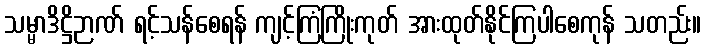
သမ္မာဒိဋ္ဌိဉာဏ် ရင့်သန်စေရန် ကျင့်ကြံကြိုးကုတ် အားထုတ်နိုင်ကြပါစေကုန် သတည်း။